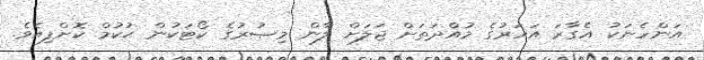
އަންހެނަކު އެގާރަ އަހަރުގެ މުއްދަތަށް ޖަލަށް ލާން މިޞުރުގެ ކޯޓަކުން ޙުކުމް ކޮށްފިއެވެ.